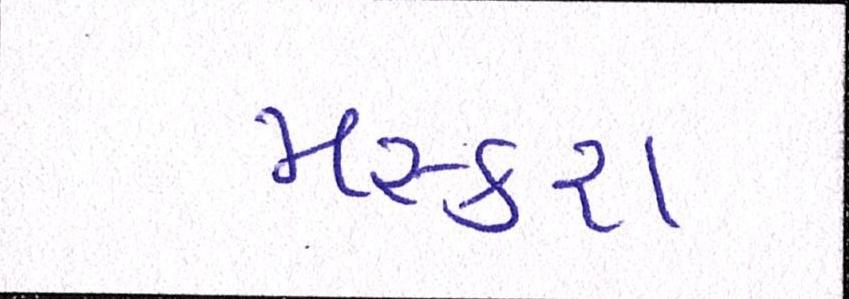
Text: મસ્કરા